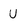
Character: U